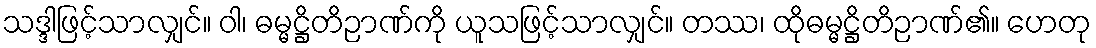
သဒ္ဒါဖြင့်သာလျှင်။ ဝါ၊ ဓမ္မဋ္ဌိတိဉာဏ်ကို ယူသဖြင့်သာလျှင်။ တဿ၊ ထိုဓမ္မဋ္ဌိတိဉာဏ်၏။ ဟေတု